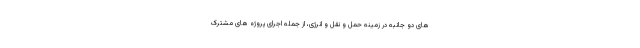
های دو جانبه در زمینه حمل و نقل و انرژی، از جمله اجرای پروژه های مشترک